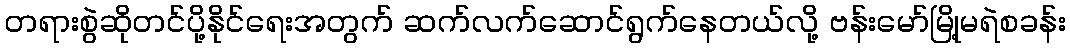
တရားစွဲဆိုတင်ပို့နိုင်ရေးအတွက် ဆက်လက်ဆောင်ရွက်နေတယ်လို့ ဗန်းမော်မြို့မရဲစခန်း